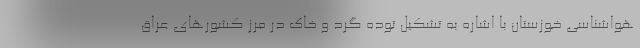
هواشناسی خوزستان با اشاره به تشکیل توده گرد و خاک در مرز کشورهای عراق